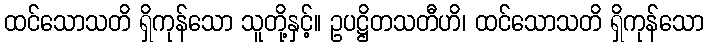
ထင်သောသတိ ရှိကုန်သော သူတို့နှင့်။ ဥပဋ္ဌိတသတီဟိ၊ ထင်သောသတိ ရှိကုန်သော